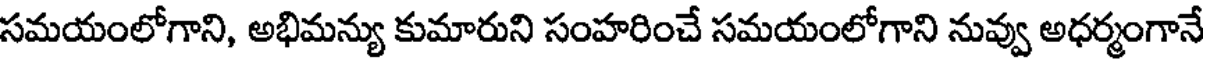
సమయంలోగాని, అభిమన్యు కుమారుని సంహరించే సమయంలోగాని నువ్వు అధర్మంగానే